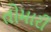
તોમારી